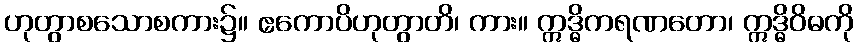
ဟုတွာစသောစကား၌။ ဧကောပိဟုတွာတိ၊ ကား။ ဣဒ္ဓိကရဏတော၊ ဣဒ္ဓိဝိဓကို